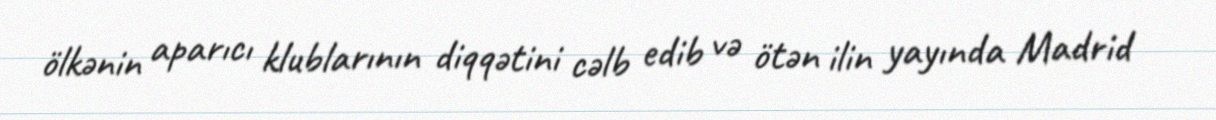
ölkənin aparıcı klublarının diqqətini cəlb edib və ötən ilin yayında Madrid